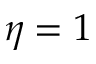
\eta = 1